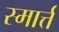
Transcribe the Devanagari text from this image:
स्मार्त्त